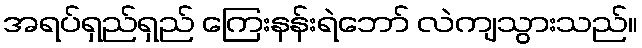
အရပ်ရှည်ရှည် ကြေးနန်းရဲဘော် လဲကျသွားသည်။